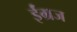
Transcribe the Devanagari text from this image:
ईंग्रज